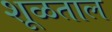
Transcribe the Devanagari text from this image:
शूळताल